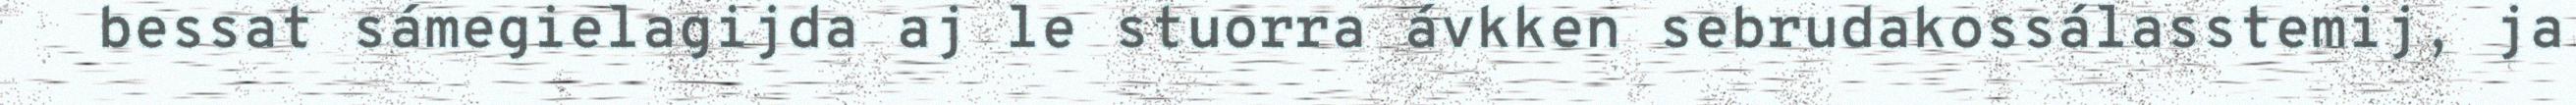
bessat sámegielagijda aj le stuorra ávkken sebrudakossálasstemij, ja